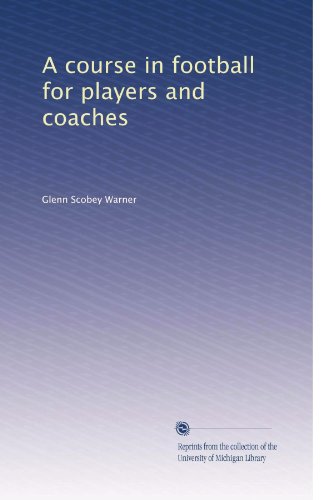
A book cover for A course in football for players and coaches; Glenn Scobey Warner; Sports & Outdoors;